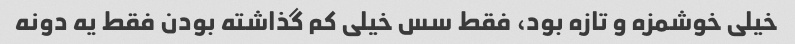
خیلی خوشمزه و تازه بود، فقط سس خیلی کم گذاشته بودن فقط یه دونه